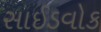
સાઈડવોક